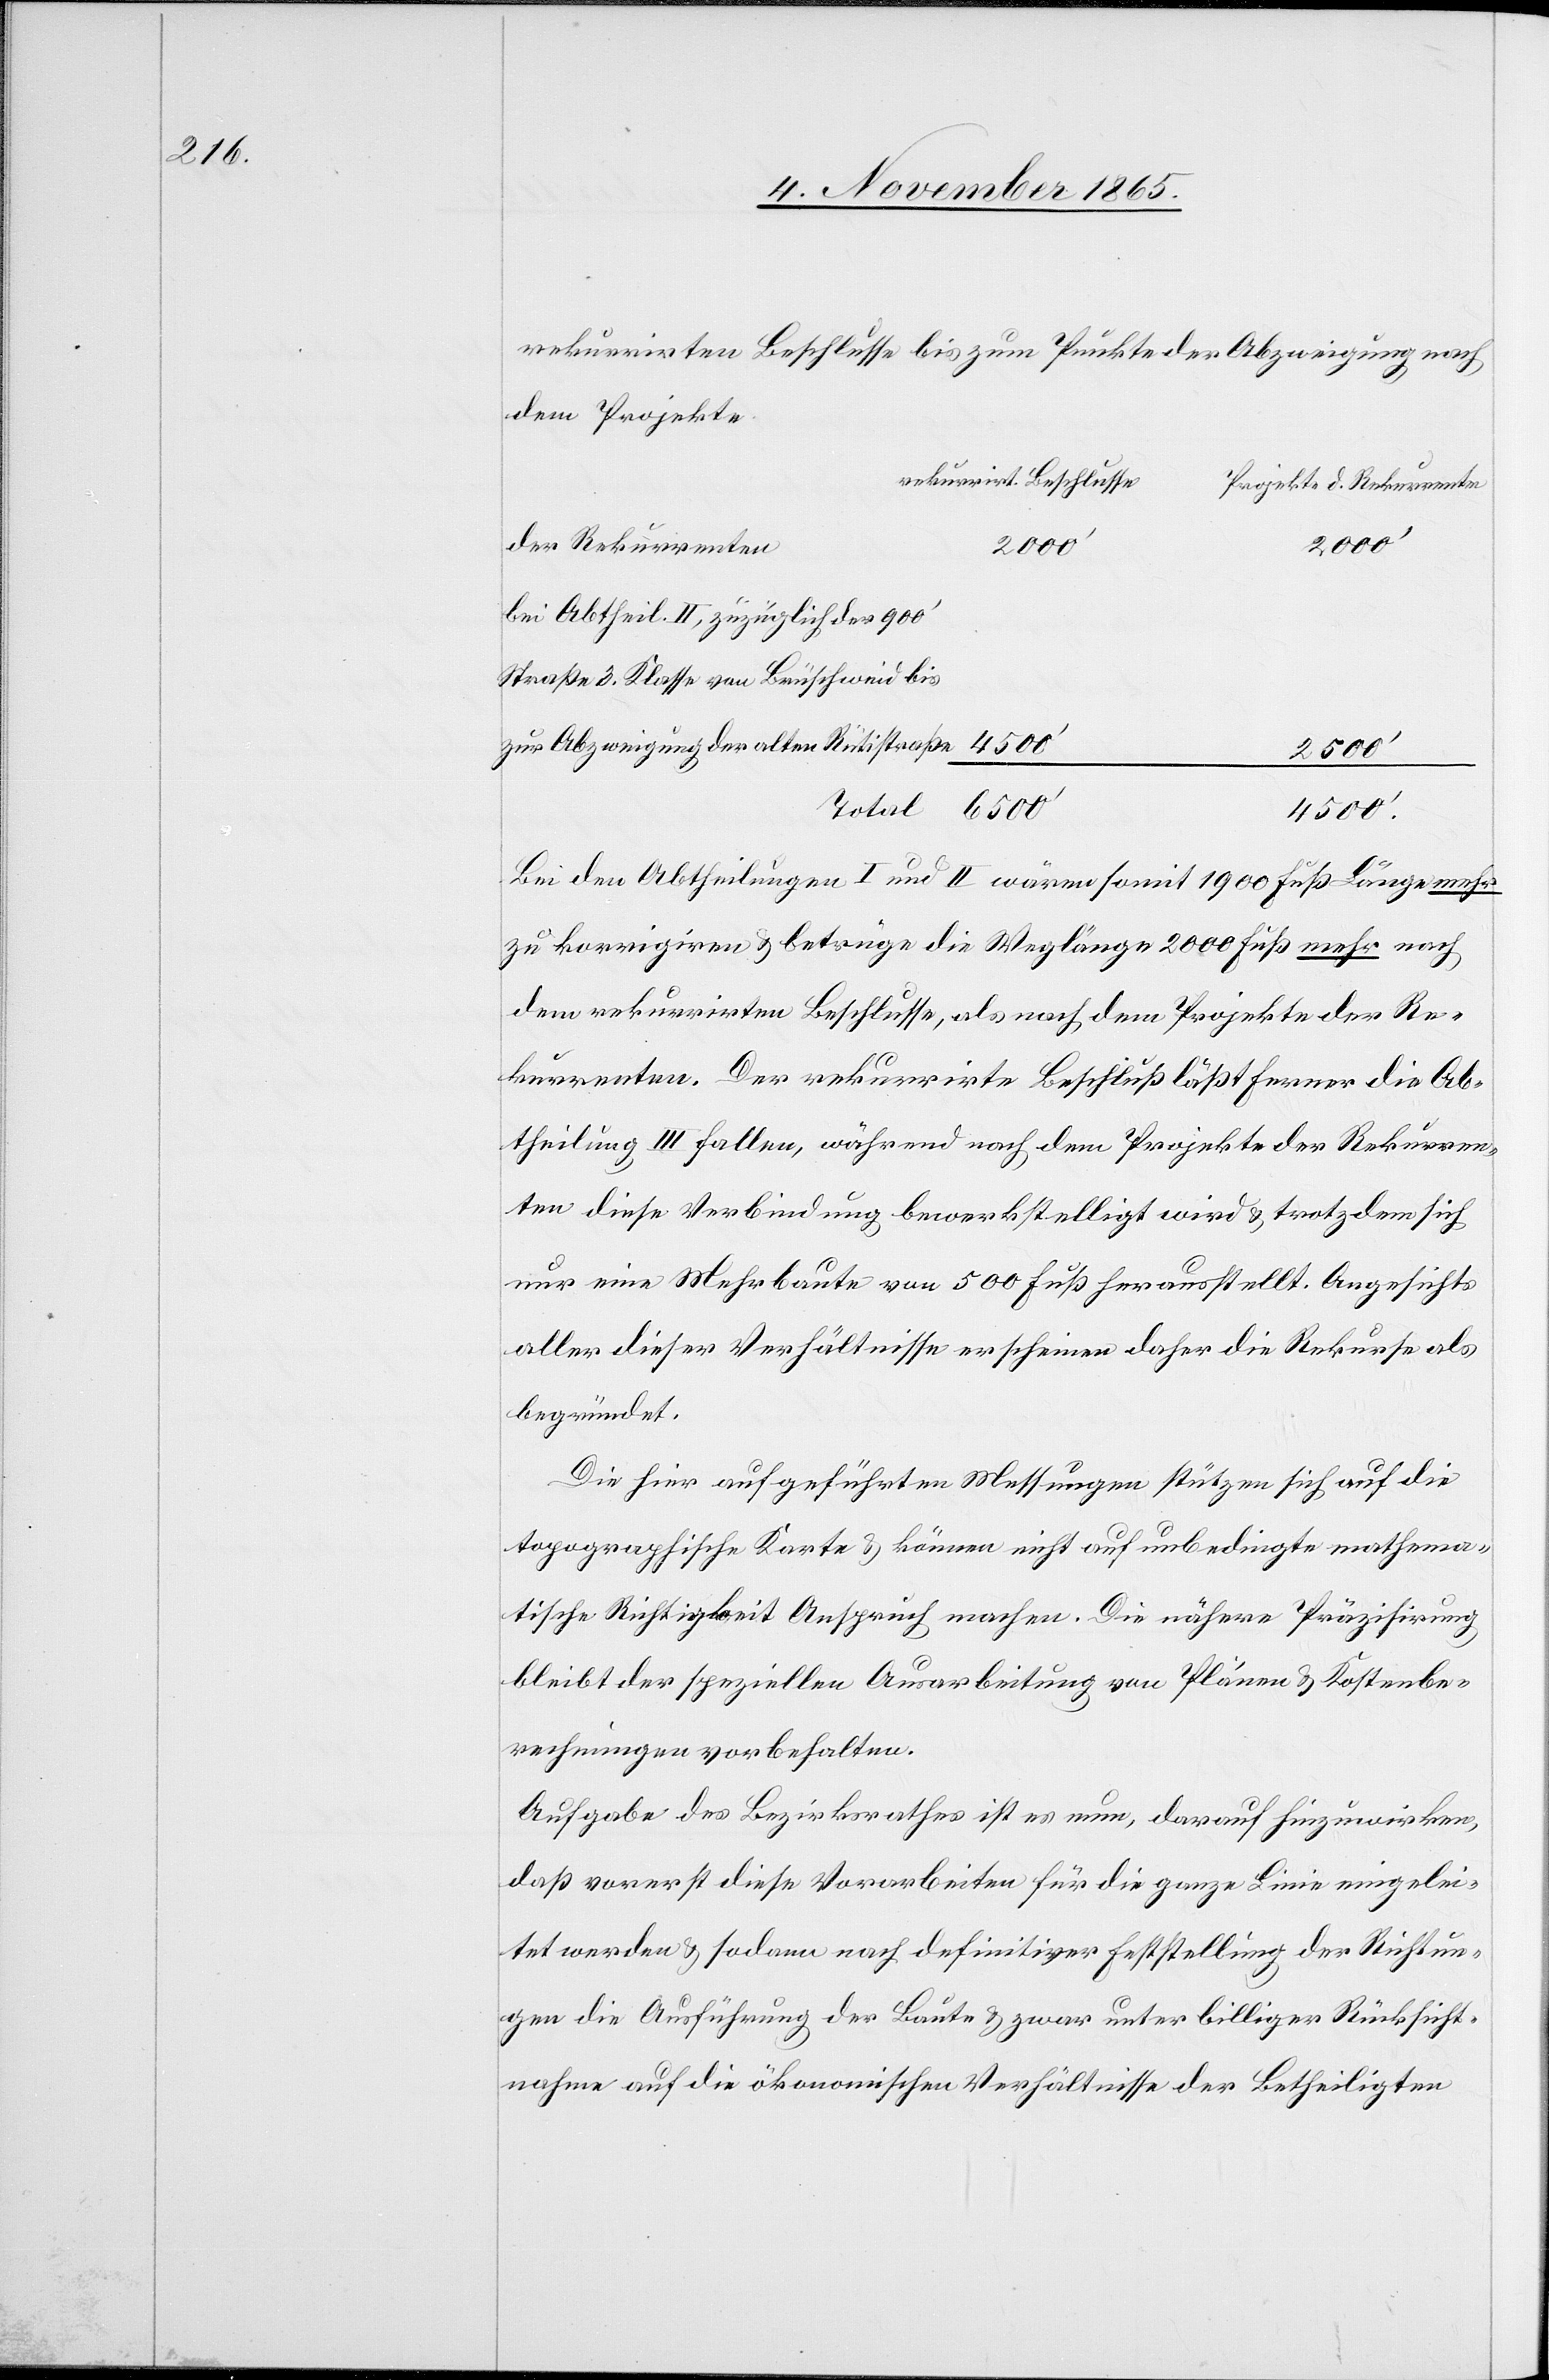
rekurrirten Beschlusse bis zum Punkte der Abzweigung nach
dem Projekte
rekurrirt. Beschlusse
Projekt d. Rekurrenten
der Rekurrenten
2000’
bei Abtheil. II, zuzüglich der 900’
Straße 3. Klasse von Brüschweid bis
zur Abzweigung der alten Rütistraße
6500’
4500’
Bei den Abtheilungen I und II wären somit 1900 Fuß Länge mehr
zu korrigieren & betrüge die Weglänge 2000 Fuß mehr nach
dem rekurrirten Beschlusse, als nach dem Projekte der Re¬
kurrenten. Der rekurrirte Beschluß läßt ferner die Ab¬
theilung III fallen, während nach dem Projekte der Rekurren¬
ten diese Verbindung bewerkstelligt wird & trotzdem sich
nur eine Mehrbaute von 500 Fuß herausstellt, Angesichts
aller dieser Verhältnisse erscheinen daher die Rekurse als
begründet.
Die hier aufgeführten Messungen stützen sich auf die
topographische Karte & können nicht auf unbedingte mathema¬
tische Richtigkeit Anspruch machen. Die nähere Präzisirung
bleibt der speziellen Ausarbeitung von Plänen & Kostenbe¬
rechnungen vorbehalten.
Aufgabe des Bezirksrathes ist es nun, darauf hinzuwirken,
daß vorerst diese Vorarbeiten für die ganze Linie eingelei¬
tet werden & sodann nach definitiver Feststellung der Richtun¬
gen die Ausführung der Baute und zwar unter billiger Rücksicht¬
nahme auf die ökonomischen Verhältnisse der Betheiligten